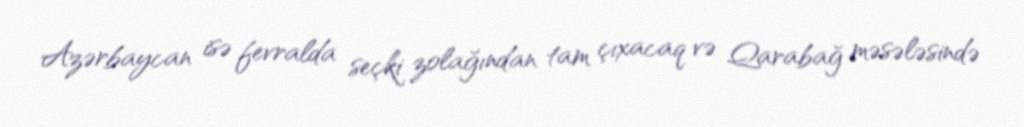
Azərbaycan isə fevralda seçki zolağından tam çıxacaq və Qarabağ məsələsində